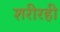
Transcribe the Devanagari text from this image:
शरीरही